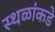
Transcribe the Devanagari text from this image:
स्थळांकडे